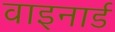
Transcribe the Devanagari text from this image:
वाइनार्ड